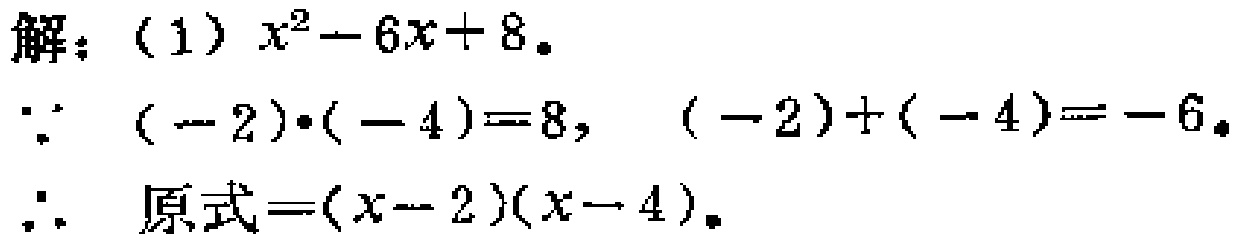
解：（1）\(x^{2}-6x + 8\)。

\(\because (-2)\cdot(-4)=8\)，\((-2)+(-4)=-6\)。

\(\therefore\) 原式\(=(x - 2)(x - 4)\)。